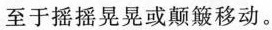
至于摇摇晃晃或颠簸移动。